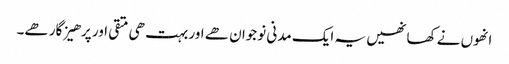
انھوں نے کھا نھیں یہ ایک مدنی نوجوان ھے اور بہت ھی متقی اور پرھیز گار ھے۔